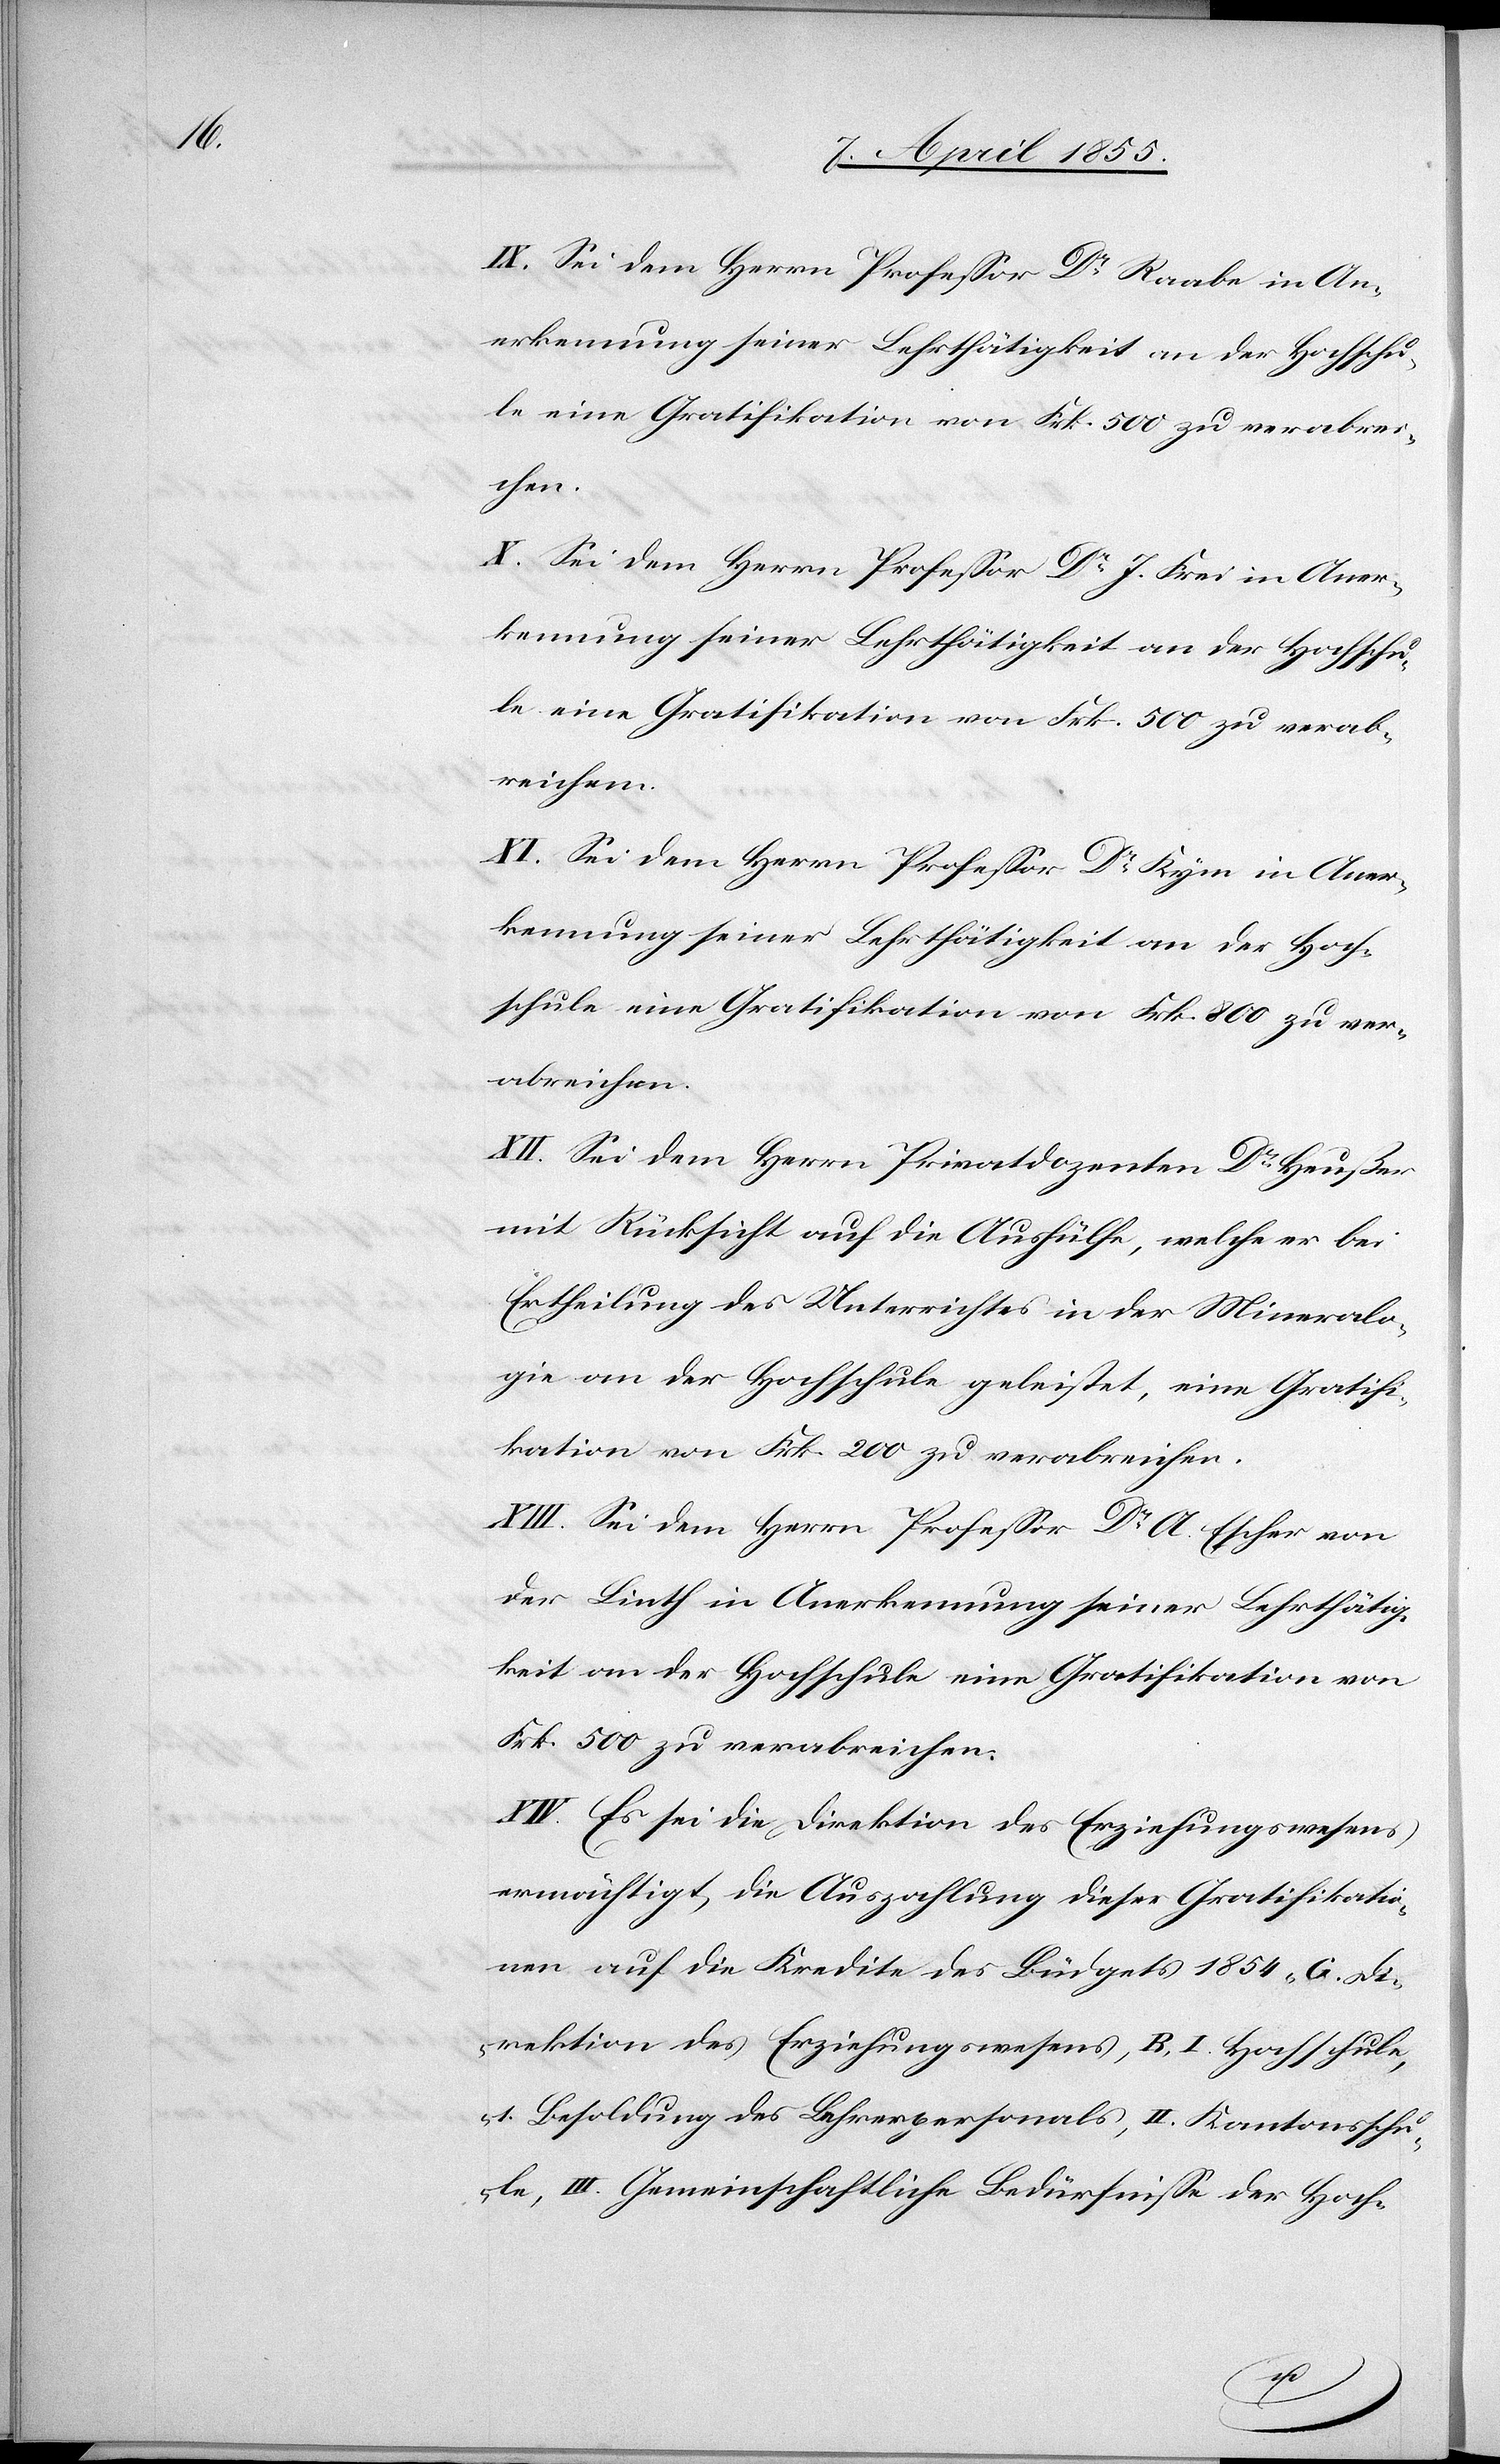
IX. Sei dem Herrn Professor Dr Raabe in An¬
erkennung seiner Lehrthätigkeit an der Hochschu¬
le eine Gratifikation von Frk. 500 zu verabrei¬
chen.
X. Sei dem Herrn Professor Dr J. Frei in Aner¬
kennung seiner Lehrthätigkeit an der Hochschu¬
le eine Gratifikation von Frk. 500 zu verab¬
reichen.
XI. Sei dem Herrn Professor Dr Kym in Aner¬
kennung seiner Lehrthätigkeit an der Hoch¬
schule eine Gratifikation von Frk. 800 zu ver¬
abreichen.
XII. Sei dem Herrn Privatdozenten Dr Heußer
mit Rücksicht auf die Aushülfe, welche er bei
Ertheilung des Unterrichtes in der Mineralo¬
gie an der Hochschule geleistet, eine Gratifi¬
kation von Frk. 200 zu verabreichen.
XIII. Sei dem Herrn Professor Dr A. Escher von
der Linth in Anerkennung seiner Lehrthätig¬
keit an der Hochschule eine Gratifikation von
Frk. 500 zu verabreichen.
XIV. Es sei die Direktion des Erziehungswesens
ermächtigt, die Auszahlung dieser Gratifikatio¬
nen auf die Kredite des Büdgets 1854 „G. Di¬
rektion des Erziehungswesens, B. I. Hochschule,
1. Besoldung des Lehrerpersonals, II. Kantonsschu¬
le, III. Gemeinschaftliche Bedürfnisse der Hoch-